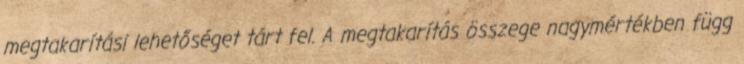
megtakarítási lehetőséget tárt fel. A megtakarítás összege nagymértékben függ